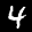
Label: 4